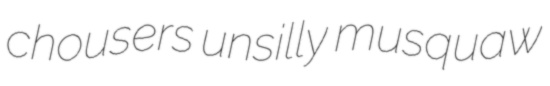
chousers unsilly musquaw